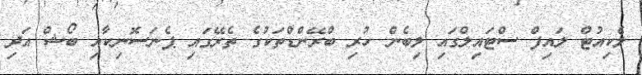
ލެކިއުޓް ލައިފް ސްޓައިލްގައި ލިބެން ހުރި ބްރޭންޑްތަކުގެ ތެރޭގައި ޕެނަސޮނިކާއި ބޯޝް އަދި